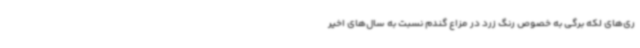
ری‌های لکه برگی به خصوص رنگ زرد در مزاع گندم نسبت به سال‌های اخیر